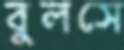
বুলসে